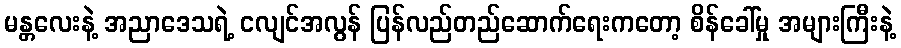
မန္တလေးနဲ့ အညာဒေသရဲ့ ငလျင်အလွန် ပြန်လည်တည်ဆောက်ရေးကတော့ စိန်ခေါ်မှု အများကြီးနဲ့